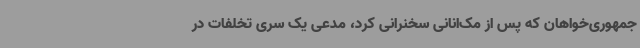
جمهوری‌خواهان که پس از مک‌انانی سخنرانی کرد، مدعی یک سری تخلفات در